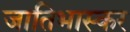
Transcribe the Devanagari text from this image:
जातिभास्कर